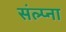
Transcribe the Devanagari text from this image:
संल्प्ना